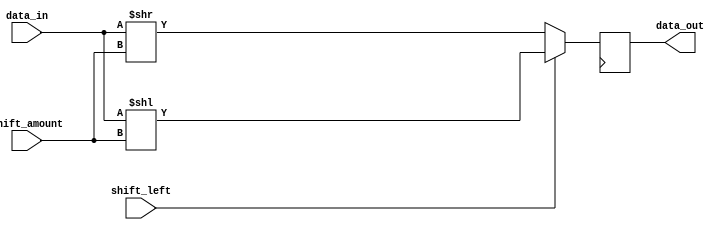
module barrel_shifter (
    input wire [31:0] data_in, // Input data to be shifted
    input wire [4:0] shift_amount, // Number of shift positions
    input wire shift_left, // Shift direction (left: 1, right: 0)
    output reg [31:0] data_out // Output shifted data
);

reg [31:0] temp_data; // Intermediate shifted data

always @(*) begin
    if (shift_left) begin // If shifting left
        temp_data = data_in << shift_amount;
    end else begin // If shifting right
        temp_data = data_in >> shift_amount;
    end
end

always @(posedge clk) begin
    data_out <= temp_data; // Output the shifted data
end

endmodule